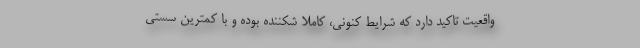
واقعیت تاکید دارد که شرایط کنونی، کاملاً شکننده بوده و با کمترین سستی